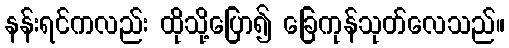
နန်းရင်ကလည်း ထိုသို့ပြော၍ ခြေကုန်သုတ်လေသည်။